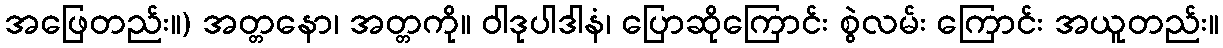
အဖြေတည်း။) အတ္တနော၊ အတ္တကို။ ဝါဒုပါဒါနံ၊ ပြောဆိုကြောင်း စွဲလမ်း ကြောင်း အယူတည်း။